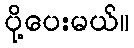
ပို့ပေးမယ်။